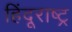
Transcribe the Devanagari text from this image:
हिंदूराष्ट्र